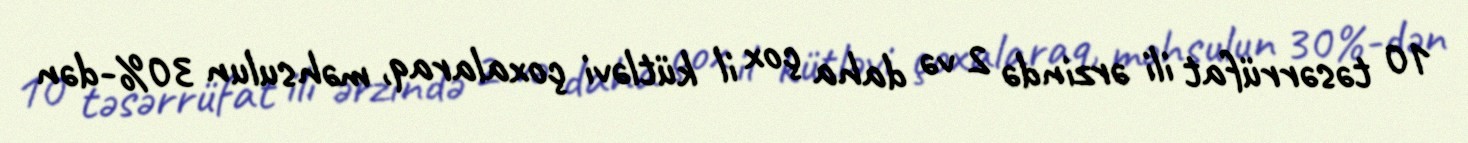
10 təsərrüfat ili ərzində 2 və daha çox il kütləvi çoxalaraq, məhsulun 30%-dən